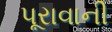
પૂરાવાની